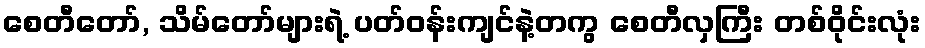
စေတီတော်, သိမ်တော်များရဲ့ ပတ်ဝန်းကျင်နဲ့တကွ စေတီလှကြီး တစ်ဝိုင်းလုံး